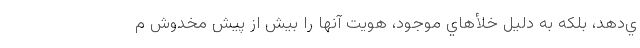
ي‌دهد، بلكه به دليل خلأهاي موجود، هويت آنها را بيش از پيش مخدوش م